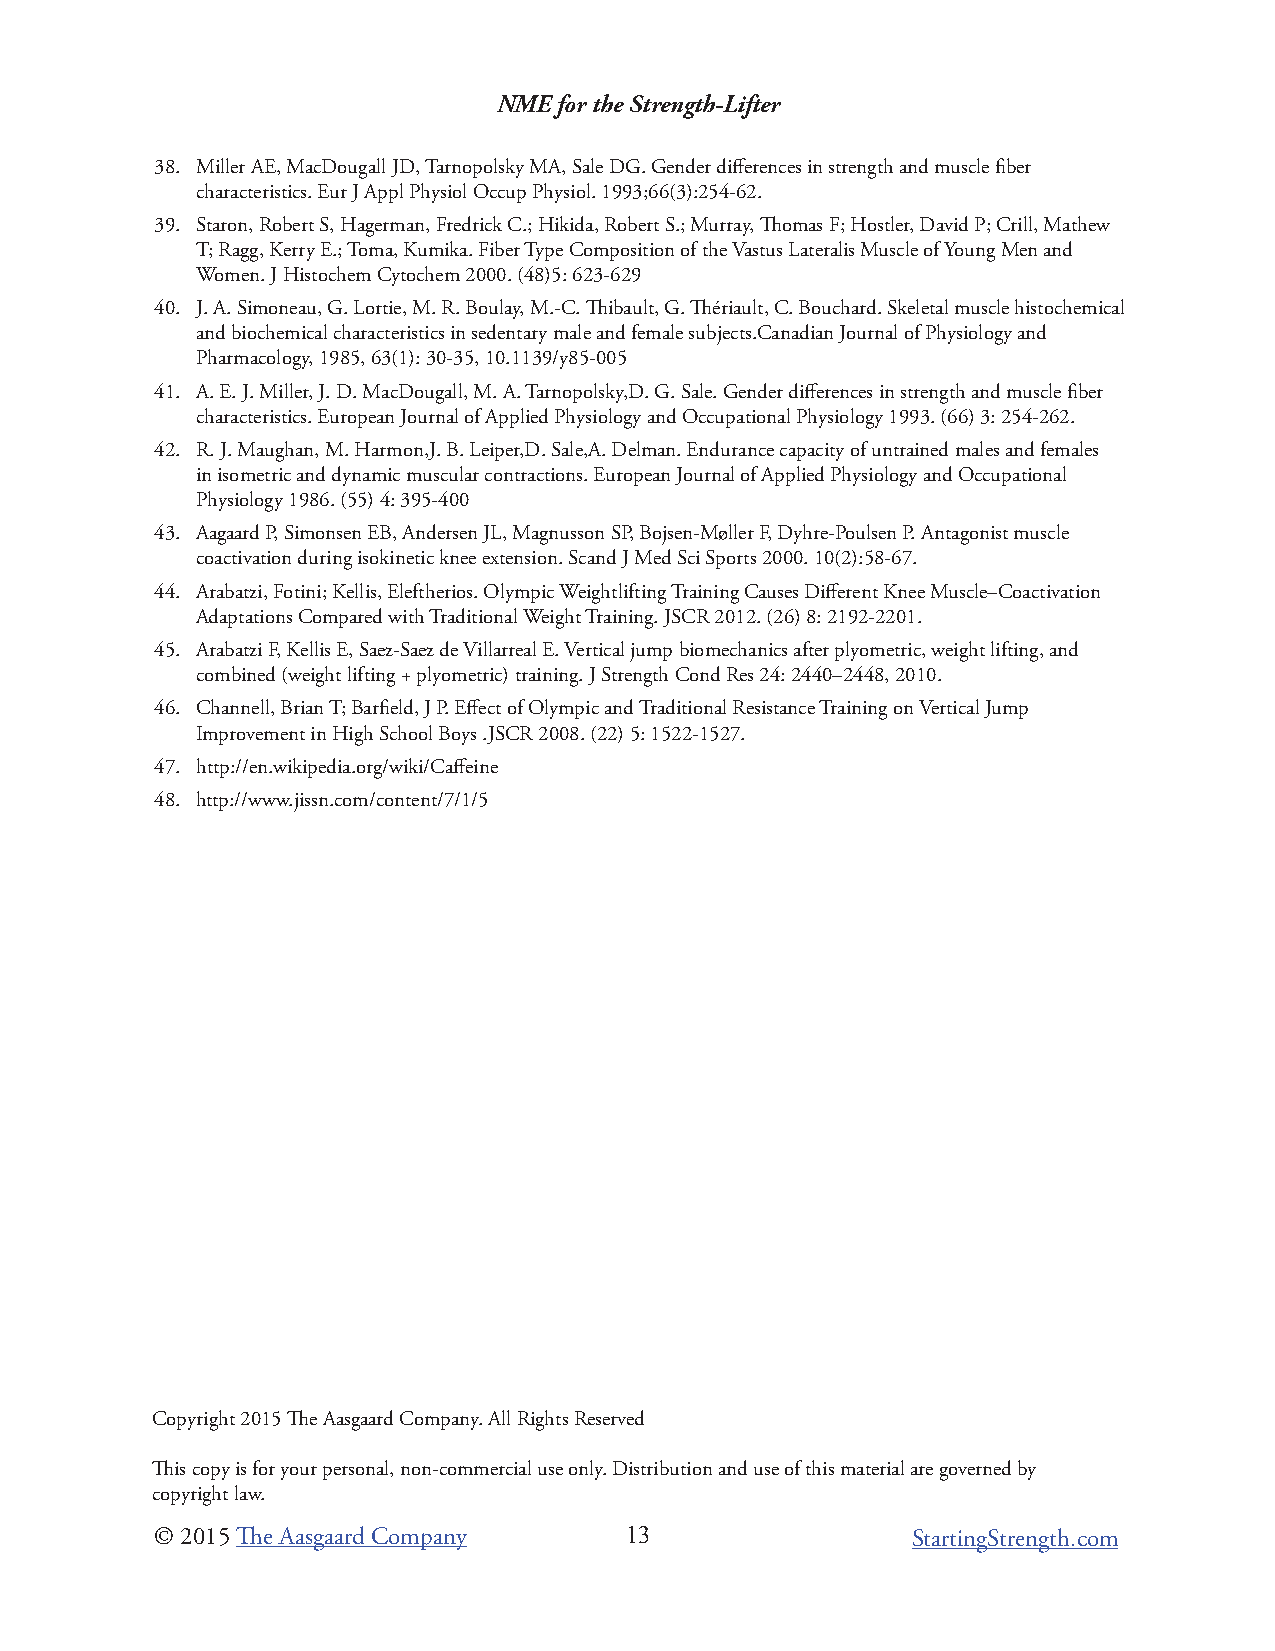
NME for the Strength-Lifter
 38. Miller AE, MacDougall JD, Tarnopolsky MA, Sale DG. Gender differences in strength and muscle fiber
 characteristics. Eur J Appl Physiol Occup Physiol. 1993;66(3):254-62.
 39. Staron, Robert S, Hagerman, Fredrick C.; Hikida, Robert S.; Murray, Thomas F; Hostler, David P; Crill, Mathew
 T; Ragg, Kerry E.; Toma, Kumika. Fiber Type Composition of the Vastus Lateralis Muscle of Young Men and
 Women. J Histochem Cytochem 2000. (48)5: 623-629
 40. J. A. Simoneau, G. Lortie, M. R. Boulay, M.-C. Thibault, G. Thériault, C. Bouchard. Skeletal muscle histochemical
 and biochemical characteristics in sedentary male and female subjects.Canadian Journal of Physiology and
 Pharmacology, 1985, 63(1): 30-35, 10.1139/y85-005
 41. A. E. J. Miller, J. D. MacDougall, M. A. Tarnopolsky,D. G. Sale. Gender differences in strength and muscle fiber
 characteristics. European Journal of Applied Physiology and Occupational Physiology 1993. (66) 3: 254-262.
 42. R. J. Maughan, M. Harmon,J. B. Leiper,D. Sale,A. Delman. Endurance capacity of untrained males and females
 in isometric and dynamic muscular contractions. European Journal of Applied Physiology and Occupational
 Physiology 1986. (55) 4: 395-400
 43. Aagaard P, Simonsen EB, Andersen JL, Magnusson SP, Bojsen-Møller F, Dyhre-Poulsen P. Antagonist muscle
 coactivation during isokinetic knee extension. Scand J Med Sci Sports 2000. 10(2):58-67.
 44. Arabatzi, Fotini; Kellis, Eleftherios. Olympic Weightlifting Training Causes Different Knee Muscle–Coactivation
 Adaptations Compared with Traditional Weight Training. JSCR 2012. (26) 8: 2192-2201.
 45. Arabatzi F, Kellis E, Saez-Saez de Villarreal E. Vertical jump biomechanics after plyometric, weight lifting, and
 combined (weight lifting + plyometric) training. J Strength Cond Res 24: 2440–2448, 2010.
 46. Channell, Brian T; Barfield, J P. Effect of Olympic and Traditional Resistance Training on Vertical Jump
 Improvement in High School Boys .JSCR 2008. (22) 5: 1522-1527.
 47. http://en.wikipedia.org/wiki/Caffeine
 48. http://www.jissn.com/content/7/1/5
 Copyright 2015 The Aasgaard Company. All Rights Reserved
 This copy is for your personal, non-commercial use only. Distribution and use of this material are governed by
 copyright law.
 © 2015 The Aasgaard Company    13                 StartingStrength.com